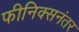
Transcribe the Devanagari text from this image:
फीनिक्सनंतर